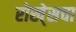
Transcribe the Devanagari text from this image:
रोखे्सचा